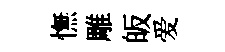
憮雕皈爱